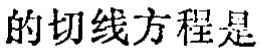
的切线方程是